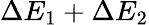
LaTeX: \Delta E_{1}+\Delta E_{2}